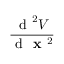
\frac { \mathrm { ~ d ~ } ^ { 2 } V } { \mathrm { ~ d ~ } \textbf { x } ^ { 2 } }